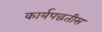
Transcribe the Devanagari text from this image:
कार्यपद्धतीस